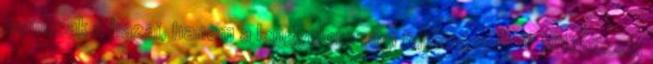
nemcsak a hazai, hanem a lengyelországi fejlemények is különösek: